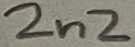
Text: 2n2